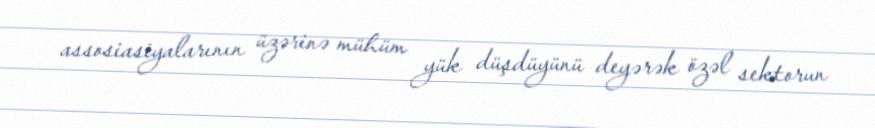
assosiasiyalarının üzərinə mühüm yük düşdüyünü deyərək özəl sektorun